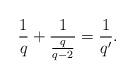
LaTeX: \begin{align*} \frac{1}{q}+\frac{1}{\frac{q}{q-2}}=\frac{1}{q'}.\end{align*}